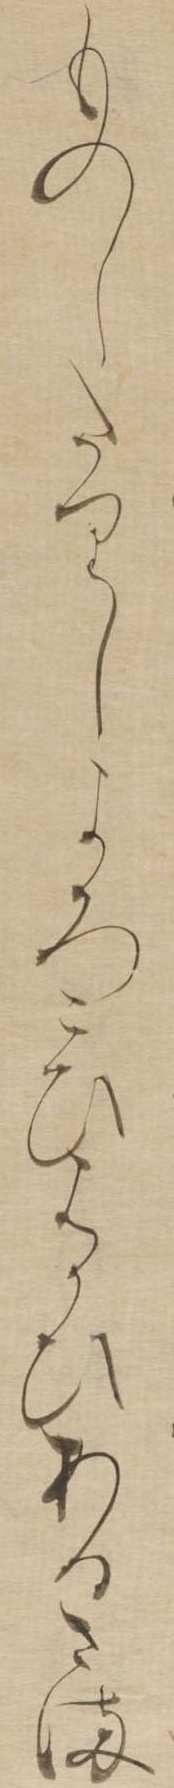
ものしたりしよろこひはかひあるさま